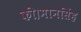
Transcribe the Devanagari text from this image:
की।मानसिंह